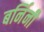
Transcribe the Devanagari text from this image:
बर्निनी